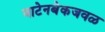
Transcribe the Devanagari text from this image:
वाटेनबेकजवळ